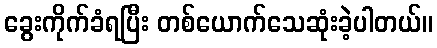
ခွေးကိုက်ခံရပြီး တစ်ယောက်သေဆုံးခဲ့ပါတယ်။